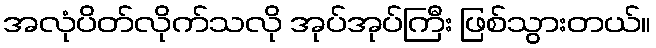
အလုံပိတ်လိုက်သလို အုပ်အုပ်ကြီး ဖြစ်သွားတယ်။